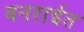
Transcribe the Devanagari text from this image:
वनराईत